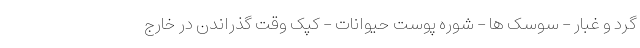
گرد و غبار - سوسک ها - شوره پوست حیوانات - کپک وقت گذراندن در خارج